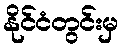
နိုင်ငံတွင်းမှ